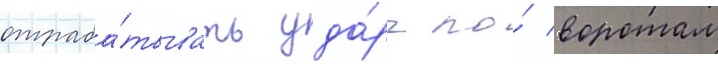
отраба́тывать уда́ры по́ воротам